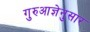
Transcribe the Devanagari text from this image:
गुरुआज्ञेनुसार